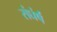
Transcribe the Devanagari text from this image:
संघंर्ष